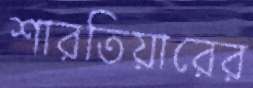
শারতিয়ারের